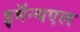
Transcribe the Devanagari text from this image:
इमॅन्यएल